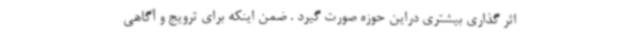
اثر گذاری بیشتری دراین حوزه صورت گیرد . ضمن اینکه برای ترویج و آگاهی